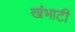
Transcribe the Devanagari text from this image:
खंभाटी